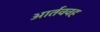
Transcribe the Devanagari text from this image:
आर्तववह